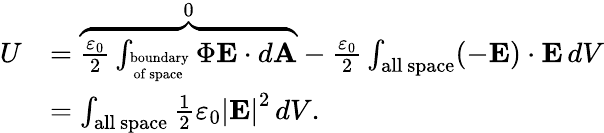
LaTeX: {\begin{array}{rl}{U}&{=\overbrace{{\frac{\varepsilon_{0}}{2}}\int_{_{\mathrm{~of~space}}^{\mathrm{boundary}}}\Phi\mathbf{E}\cdot d\mathbf{A}}^{0}-{\frac{\varepsilon_{0}}{2}}\int_{\mathrm{all~space}}(-\mathbf{E})\cdot\mathbf{E}\, dV}\\ &{=\int_{\mathrm{all~space}}{\frac{1}{2}}\varepsilon_{0}\left|{\mathbf{E}}\right|^{2}\, dV.}\end{array}}